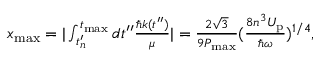
\begin{array} { r } { x _ { \mathrm { m a x } } = | \int _ { t _ { n } ^ { \prime } } ^ { t _ { \mathrm { m a x } } } d t ^ { \prime \prime } \frac { \hbar k ( t ^ { \prime \prime } ) } { \mu } | = \frac { 2 \sqrt { 3 } } { 9 P _ { \mathrm { m a x } } } ( \frac { 8 n ^ { 3 } U _ { \mathrm { p } } } { \hbar \omega } ) ^ { 1 / 4 } , } \end{array}